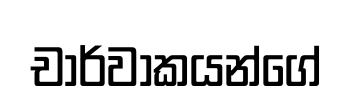
චාර්වාකයන්ගේ